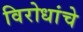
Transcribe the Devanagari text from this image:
विरोधांचे